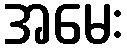
အမေး